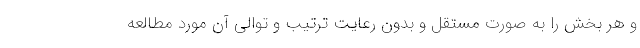
و هر بخش را به صورت مستقل و بدون رعایت ترتیب و توالی آن مورد مطالعه